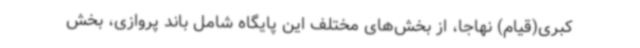
کبری(قیام) نهاجا، از بخش‌های مختلف این پایگاه شامل باند پروازی، بخش